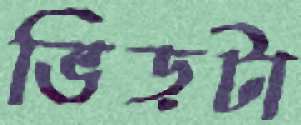
ভিড়টা